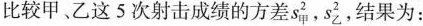
比较甲、乙这5次射击成绩的方差s_{甲}^{2}，s_{乙}^{2}，结果为：